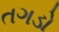
તગડો